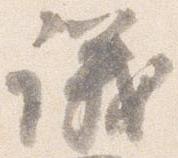
議